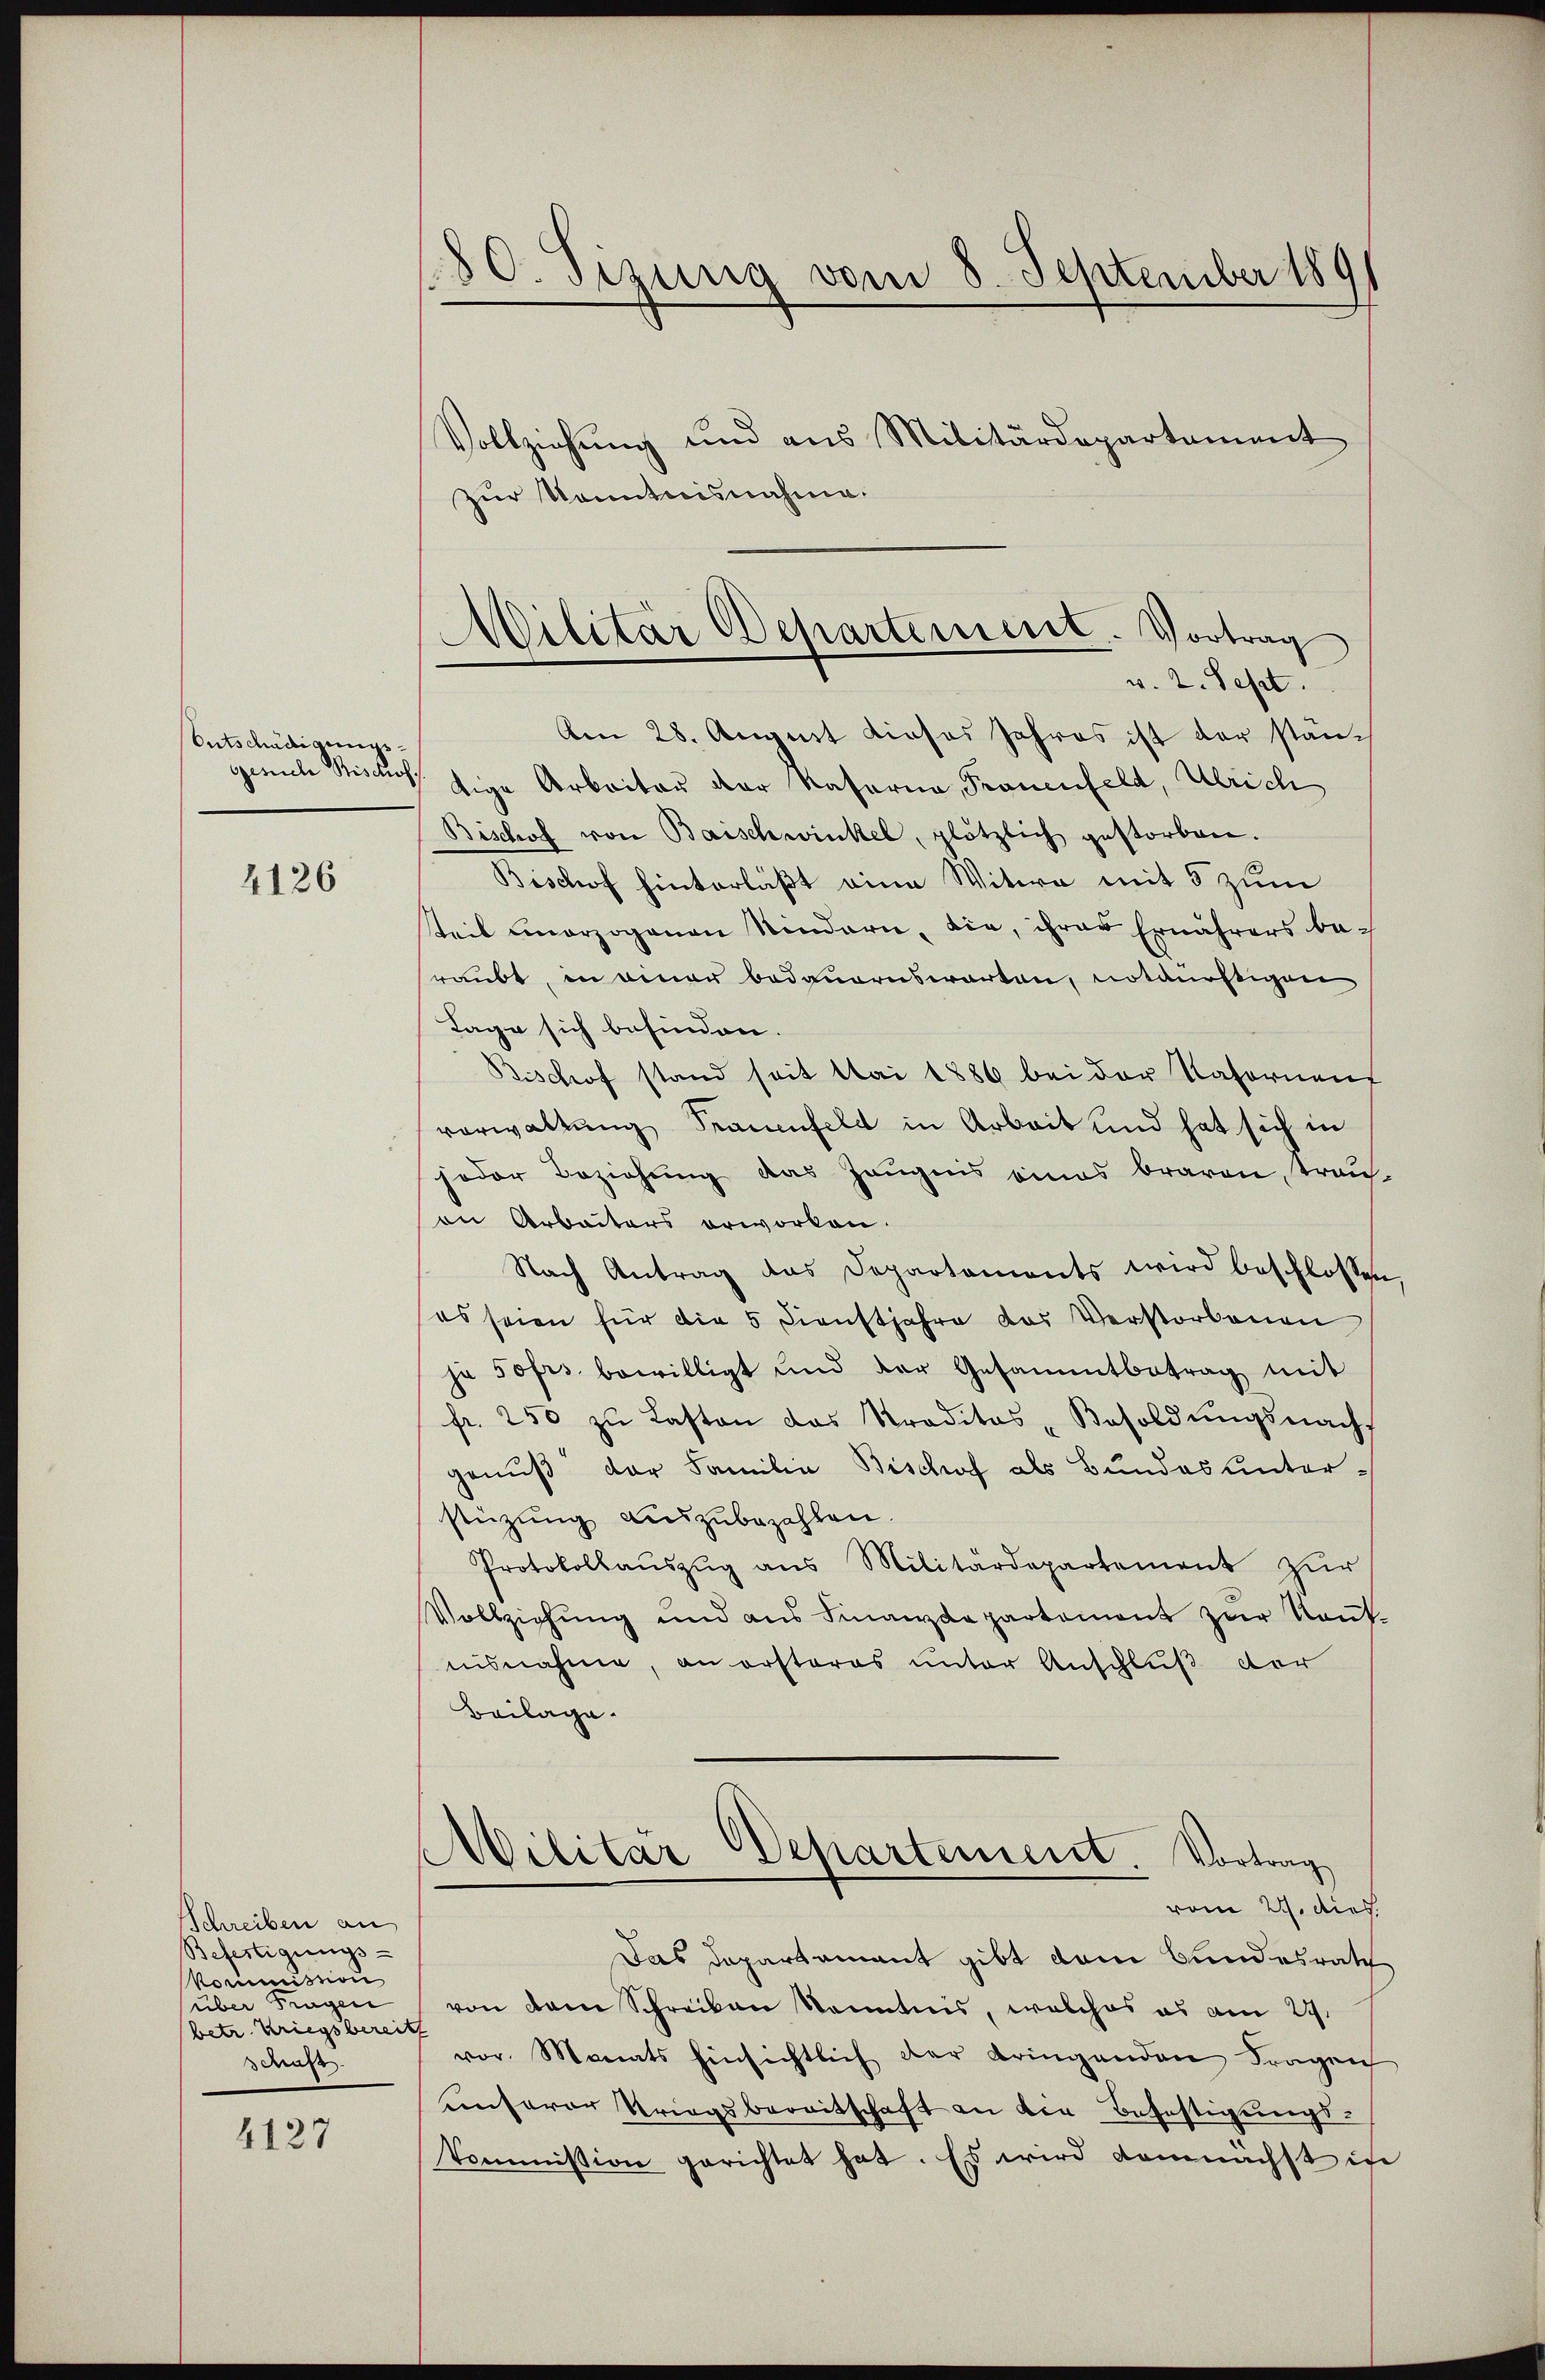
Entschädigungs-

4126

Schreiben an
Befestigungs-
Kommission
über Fragen
(betr. Kriegsberei
Schaf

4127

180. Sizung vom 8. September 189

Militär Departement. Vortrag
v. 2. Sept.

Vollziehung und aus Militärdepartement
zur Kenntnisnahme.
Am 28. August dieses Jahres ist der stangesich Bisches sige Arbeiter der Kaforna, Frauenfeld, Ulrich
Bischof von Baischwinkel, plötzlich gestorben.
Bischof hinterläßt eine Witwe mit 5 zum
teil einerzogenen Kindern, die, ihrer Ernährers beraubt, in einer bedauernswarten, notdürftigen
Tage sich befinden.
Bischof stand seit Mai 1886 bei der Kafornent
verwaltung Srauenfeld in Arbeit und hat sich in
jeder Beziehung das Zeugnis eines braven, trauan Arbeiters erworken.
Nach Antrag das Departaments wird beschlossen
(es seien für die 5 Dienstjahre das Verstorbenen
ja 50 fr. bewilligt und der Gesammtbetrag mit
fr. 250 zŭ Lasten das Straditas "Besoldŭngsnach
genuß der Familie Bischof als Bundes unterstüzung auszubezahlen.
Protokollaŭszŭg ans Militärdepartement zŭr
Vollziehung und aus Finanzdepartement zur Kant.
nisnahme, an ersteres unter Anschluß der
Beilage.
Militar Departement. Vortrag
vom 21. dies
Das Departement gibt dem Bundesrath
von dem Schreiben Kenntnis, welches es am 29.
¬
vor. Monats hinsichtlich der bringenden Fragen
unserer Kriegsbereitschaft an die Befestigungs-
kommission gerichtet hat. Es wird demnächst in